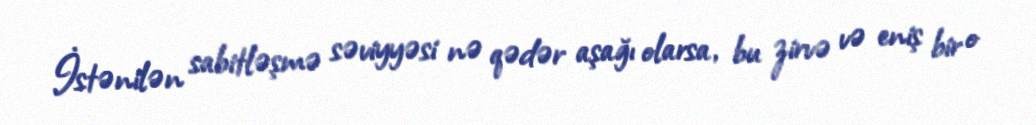
İstənilən sabitləşmə səviyyəsi nə qədər aşağı olarsa, bu zirvə və eniş bir o